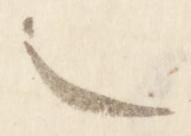
也